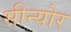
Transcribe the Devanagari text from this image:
सीन्योर